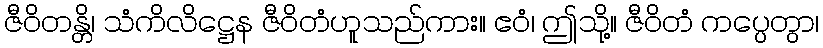
ဇီဝိတန္တိ၊ သံကိလိဋ္ဌေန ဇီဝိတံဟူသည်ကား။ ဧဝံ၊ ဤသို့။ ဇီဝိတံ ကပ္ပေတွာ၊